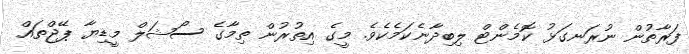
ފަރާތުން ނުރަނގަޅު ކޮމެންޓް ލިބިދާނެކަމެކެވެ. މީގެ އިތުރުން ތިމާގެ ސޯޝަލް މީޑިޔާ ޕޭޖްތައް